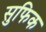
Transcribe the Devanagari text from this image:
सुफिक